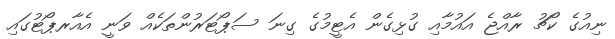
ނިއުގެ ކޯޗު ރާއްޖެ އައުމާއި ގުޅިގެން އެޓީމުގެ ގިނަ ސަޕޯޓަރުންތަކެއް ވަނީ އެއާރޕޯޓުގައި